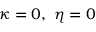
\kappa = 0 , \ \eta = 0